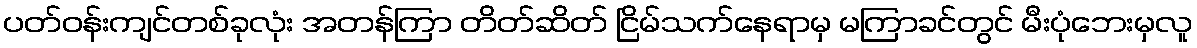
ပတ်ဝန်းကျင်တစ်ခုလုံး အတန်ကြာ တိတ်ဆိတ် ငြိမ်သက်နေရာမှ မကြာခင်တွင် မီးပုံဘေးမှလူ